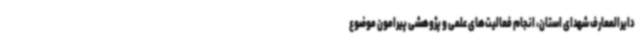
دایرالمعارف شهدای استان، انجام فعالیت‌های علمی و پژوهشی پیرامون موضوع